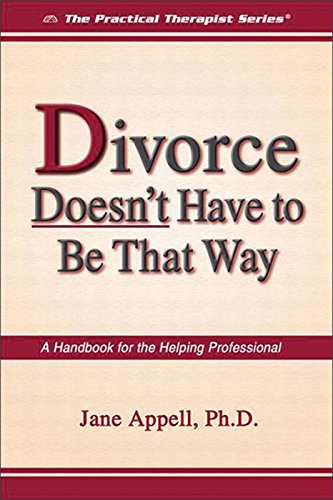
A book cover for Divorce Doesn't Have to Be That Way: A Handbook for the Helping Professional (The Practical Therapist Series); Jane Appell PhD; Health, Fitness & Dieting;